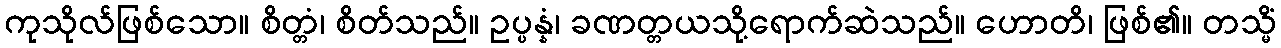
ကုသိုလ်ဖြစ်သော။ စိတ္တံ၊ စိတ်သည်။ ဥပ္ပန္နံ၊ ခဏတ္တယသို့ရောက်ဆဲသည်။ ဟောတိ၊ ဖြစ်၏။ တသ္မိံ